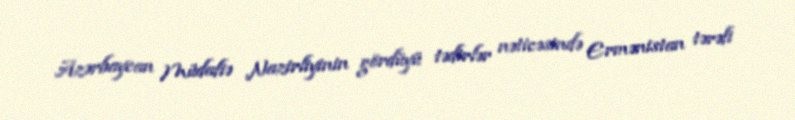
Azərbaycan Müdafiə Nazirliyinin gördüyü tədirlər nəticəsində Ermənistan tərəfi